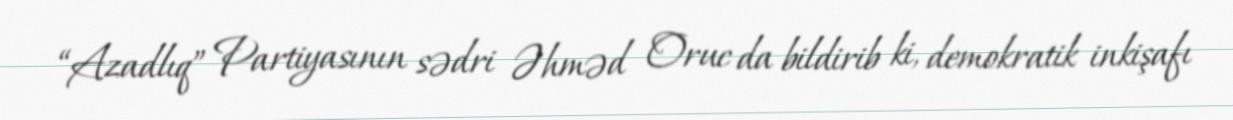
“Azadlıq” Partiyasının sədri Əhməd Oruc da bildirib ki, demokratik inkişafı